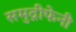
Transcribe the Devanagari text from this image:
समुद्रीफेनी